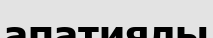
апатиялы